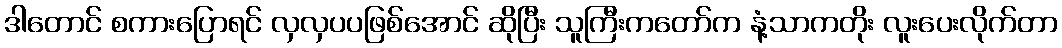
ဒါတောင် စကားပြောရင် လှလှပပဖြစ်အောင် ဆိုပြီး သူကြီးကတော်က နံ့သာကတိုး လူးပေးလိုက်တာ